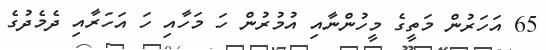
65 އަހަރުން މަތީގެ މީހުންނާއި އުމުރުން ހަ މަހާއި ހަ އަހަރާއި ދެމެދުގެ